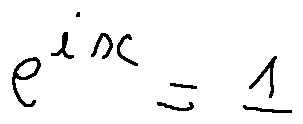
e ^ { i x } = 1